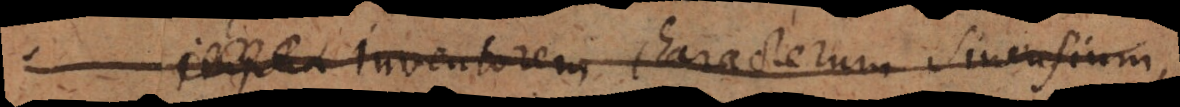
_ inventorem characterum Sinensium,